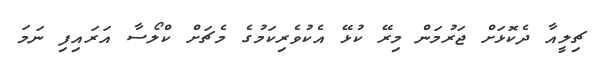
ޗިލީއާ ދެކޮޅަށް ޖަރުމަން މިރޭ ކުޅޭ އެކުވެރިކަމުގެ މެޗަށް ކްލޯސާ އަރައިފި ނަމަ